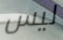
ليس